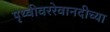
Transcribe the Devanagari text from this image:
पृथ्वीवररेवानदीच्या